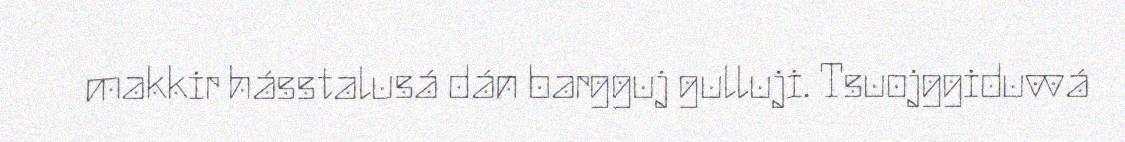
makkir hásstalusá dán bargguj gulluji. Tsuojggiduvvá